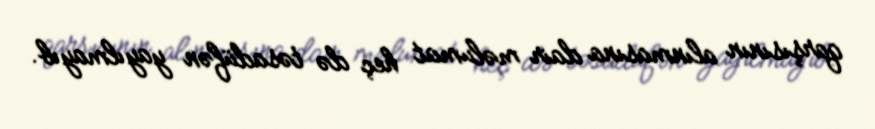
qarşısının alınmasına dair məlumat heç də təsadüfən yayılmayıb.